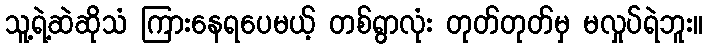
သူ့ရဲ့ဆဲဆိုသံ ကြားနေရပေမယ့် တစ်ရွာလုံး တုတ်တုတ်မှ မလှုပ်ရဲဘူး။